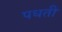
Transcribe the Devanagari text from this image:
पधती